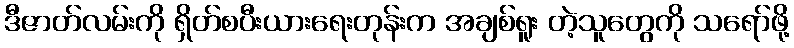
ဒီဇာတ်လမ်းကို ရှိတ်စပီးယားရေးတုန်းက အချစ်ရူး တဲ့သူတွေကို သရော်ဖို့